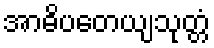
အာဓိပတေယျသုတ္တံ